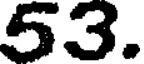
53.